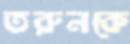
তরুনকে